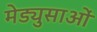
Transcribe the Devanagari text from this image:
मेड्युसाओं